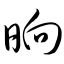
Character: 晌